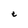
Character: e